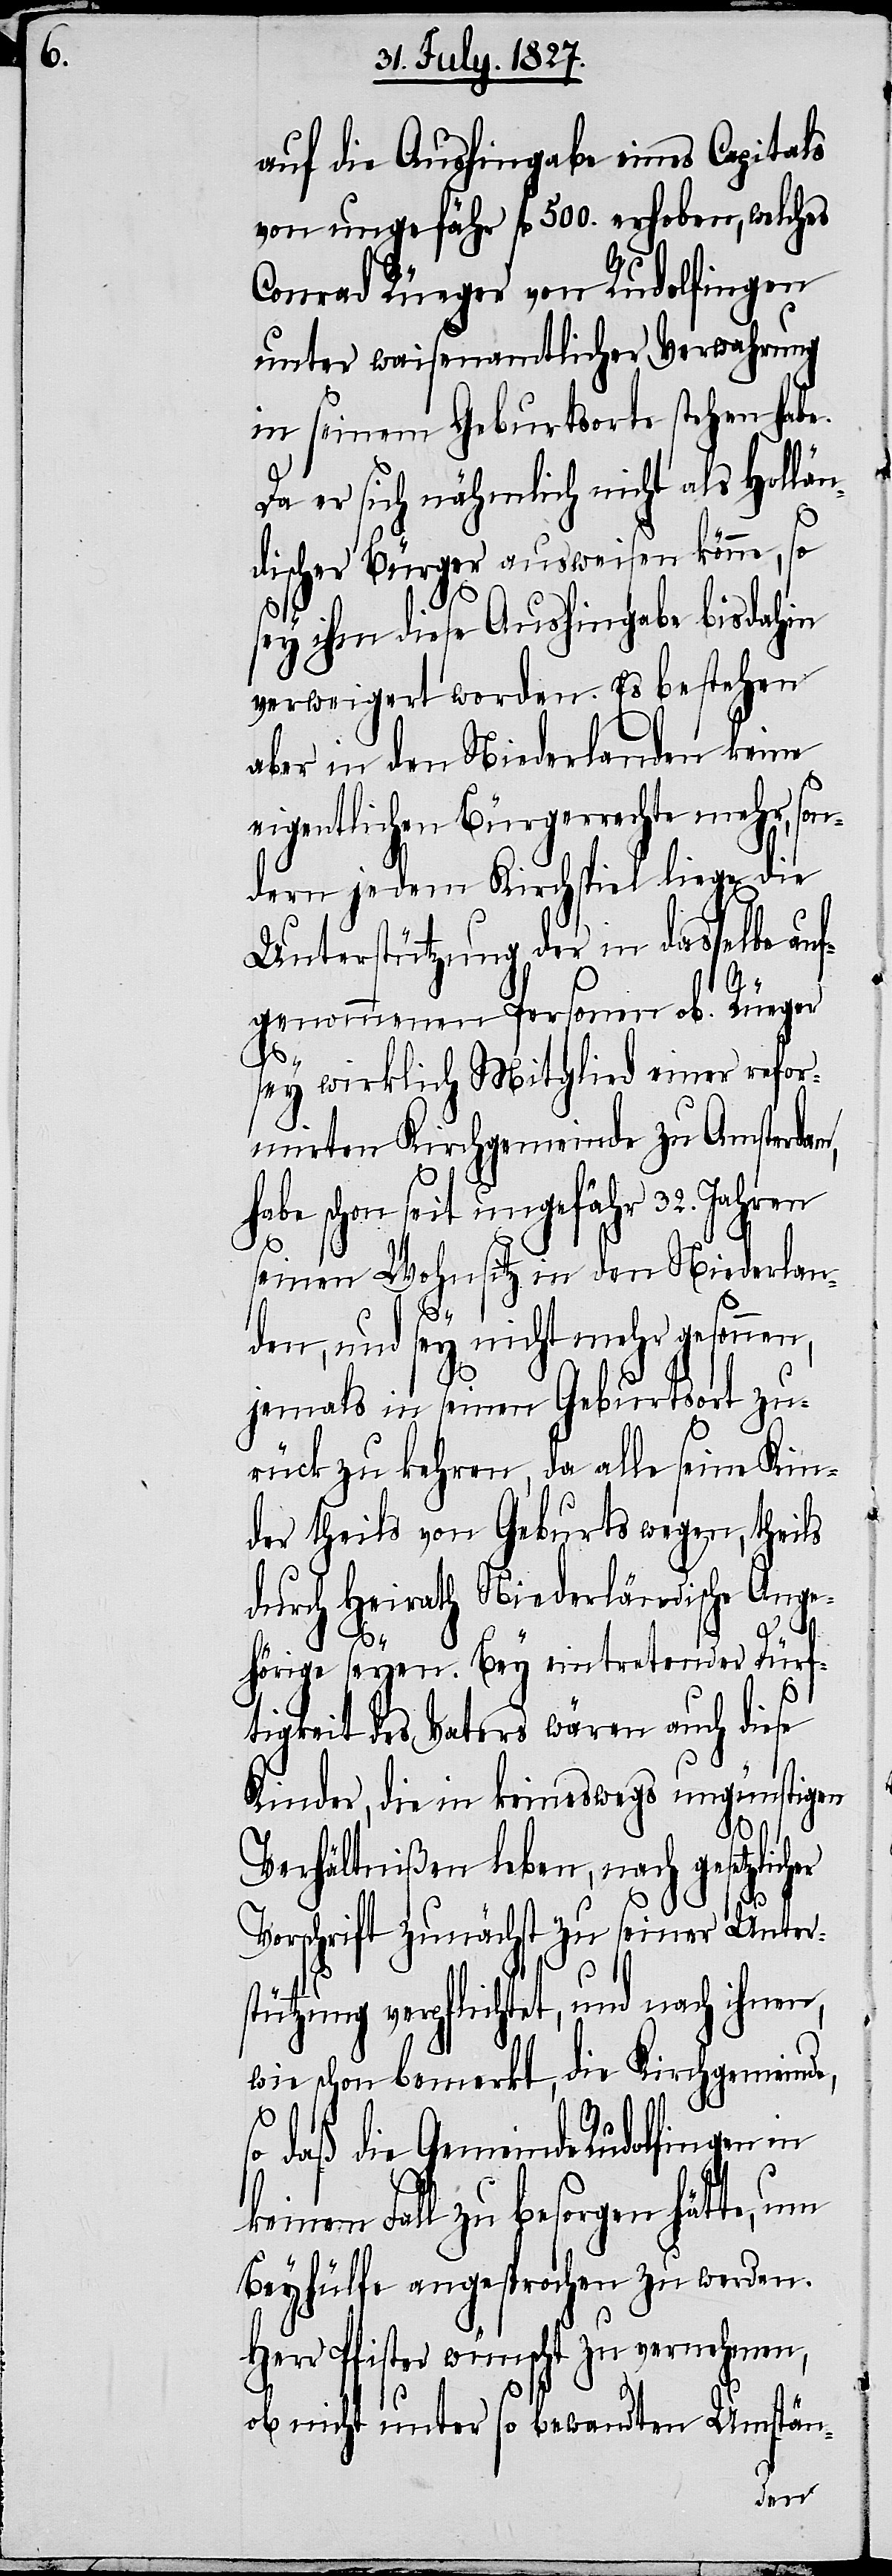
auf die Aushingabe eines Capitals
von ungefähr fl. 500. erhoben, welches
Conrad Rüeger von Rudolfingen
unter waisenamtlicher Verwahrung
in seinem Geburtsorte stehen habe.
Da er sich nähmlich nicht als Hollän¬
discher Bürger ausweisen könne, so
sey ihm diese Aushingabe bis dahin
verweigert worden. Es bestehen
aber in den Niederlanden keine
eigentlichen Bürgerrechte mehr, son¬
dern jedem Kirchspiel liege die
Unterstützung der in dasselbe auf¬
genommenen Personen ob. Rüeger
sey wirklich Mitglied einer refor¬
mirten Kirchgemeinde zu Amsterdam,
habe schon seit ungefähr 32. Jahren
seinen Wohnsitz in den Niederlan¬
her
den, und sey nicht mehr gesonnen,
jemals in seinen Geburtsort zu¬
rückzukehren, da alle seine Kin¬
der theils von Geburts wegen, theils
durch Heirath Niederländische Ange¬
hörige seyen. Bey eintretender Dürf¬
tigkeit des Vaters wären auch diese
Kinder, die in keineswegs ungünstigen
Verhältnißen leben, nach gesetzlic¬
Vorschrift zunächst zu seiner Unters¬
tützung verpflichtet, und nach
wie schon bemerkt, die Kirchgemeinde,
so daß die Gemeinde Rudolfingen in
keinem Fall zu besorgen hätte, um
Beyhülfe angesprochen zu werden.
Herr Pfister wünscht zu vernehmen,
ob nicht unter so bewandten Umstän-